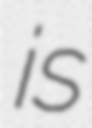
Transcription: is